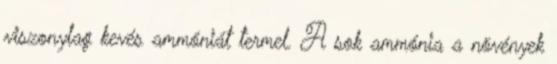
viszonylag kevés ammóniát termel. A sok ammónia a növények